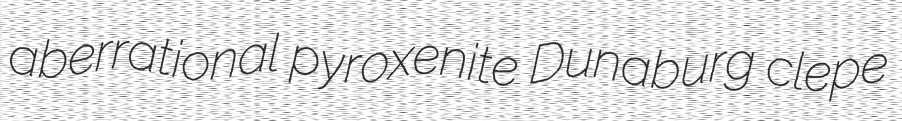
aberrational pyroxenite Dunaburg clepe